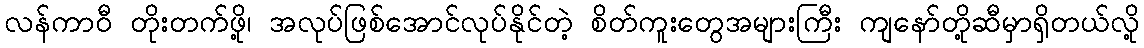
လန်ကာဝီ တိုးတက်ဖို့၊ အလုပ်ဖြစ်အောင်လုပ်နိုင်တဲ့ စိတ်ကူးတွေအများကြီး ကျနော်တို့ဆီမှာရှိတယ်လို့